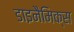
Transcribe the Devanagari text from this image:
डाइनैमिक्स